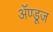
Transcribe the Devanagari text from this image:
ॲण्डूज